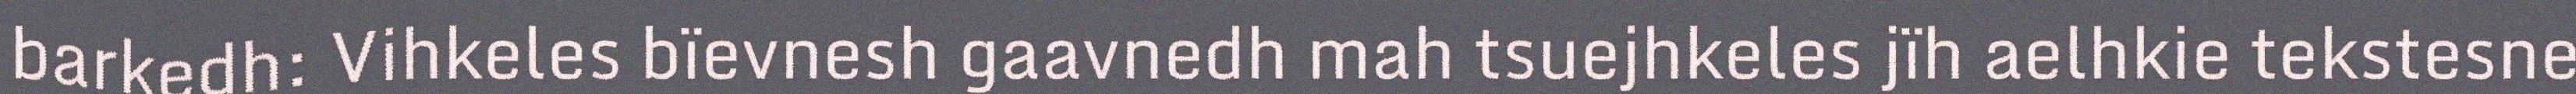
barkedh: Vihkeles bïevnesh gaavnedh mah tsuejhkeles jïh aelhkie tekstesne